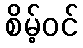
စိမ့်ဝင်